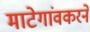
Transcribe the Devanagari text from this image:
माटेगांवकरने